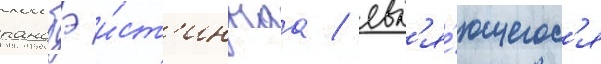
ранобэ и́ст'иннаа / явл'я́ющегос'я